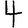
Digit: 4